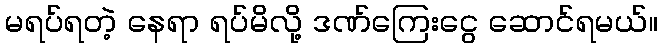
မရပ်ရတဲ့ နေရာ ရပ်မိလို့ ဒဏ်ကြေးငွေ ဆောင်ရမယ်။